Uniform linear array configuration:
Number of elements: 32
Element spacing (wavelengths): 0.5
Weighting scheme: exponential
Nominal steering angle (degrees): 45
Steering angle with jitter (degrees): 43.243
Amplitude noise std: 0.05
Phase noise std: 0.05

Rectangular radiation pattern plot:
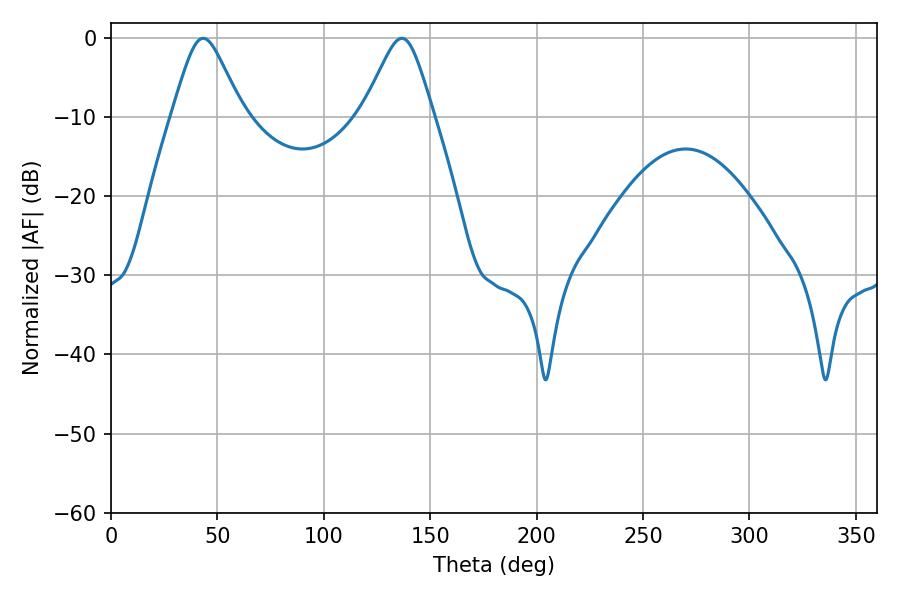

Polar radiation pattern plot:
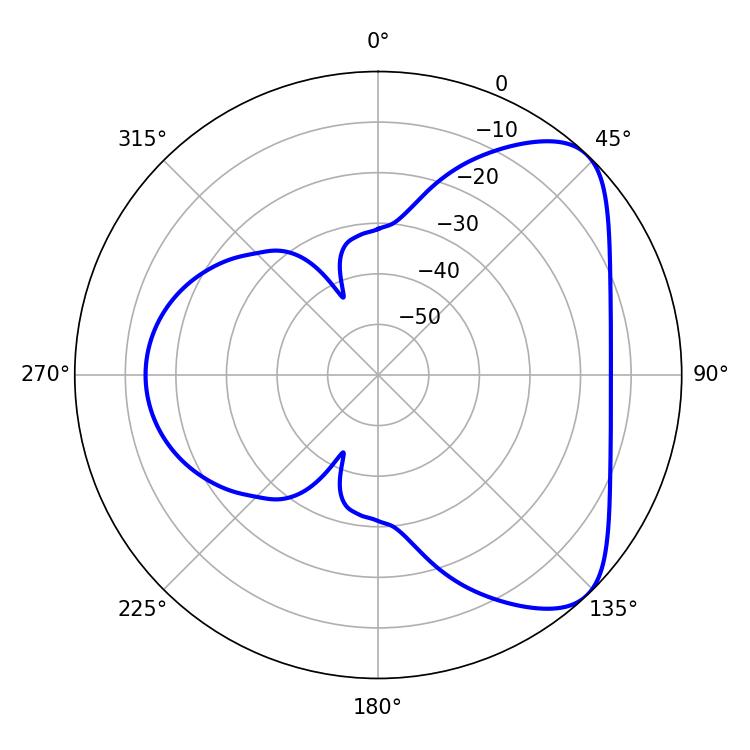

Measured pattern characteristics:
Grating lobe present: FALSE
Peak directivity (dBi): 6.279
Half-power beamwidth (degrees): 16.02
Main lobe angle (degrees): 43.38